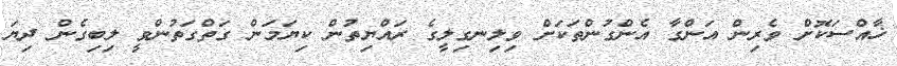
ޚާއްސަކޮށް ވެރިން އަންގާ އެންގުންތަކަށް ވިލިނގިލީގެ ރައްޔިތުން ކިޔަމަން ގަތްގަތުންވީ ލިބިގެން ދިޔަ